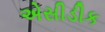
એસીડીક